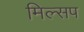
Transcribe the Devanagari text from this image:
मिल्सप